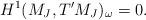
LaTeX: \begin{align*} H^1(M_J, T'M_J)_\omega = 0.\end{align*}